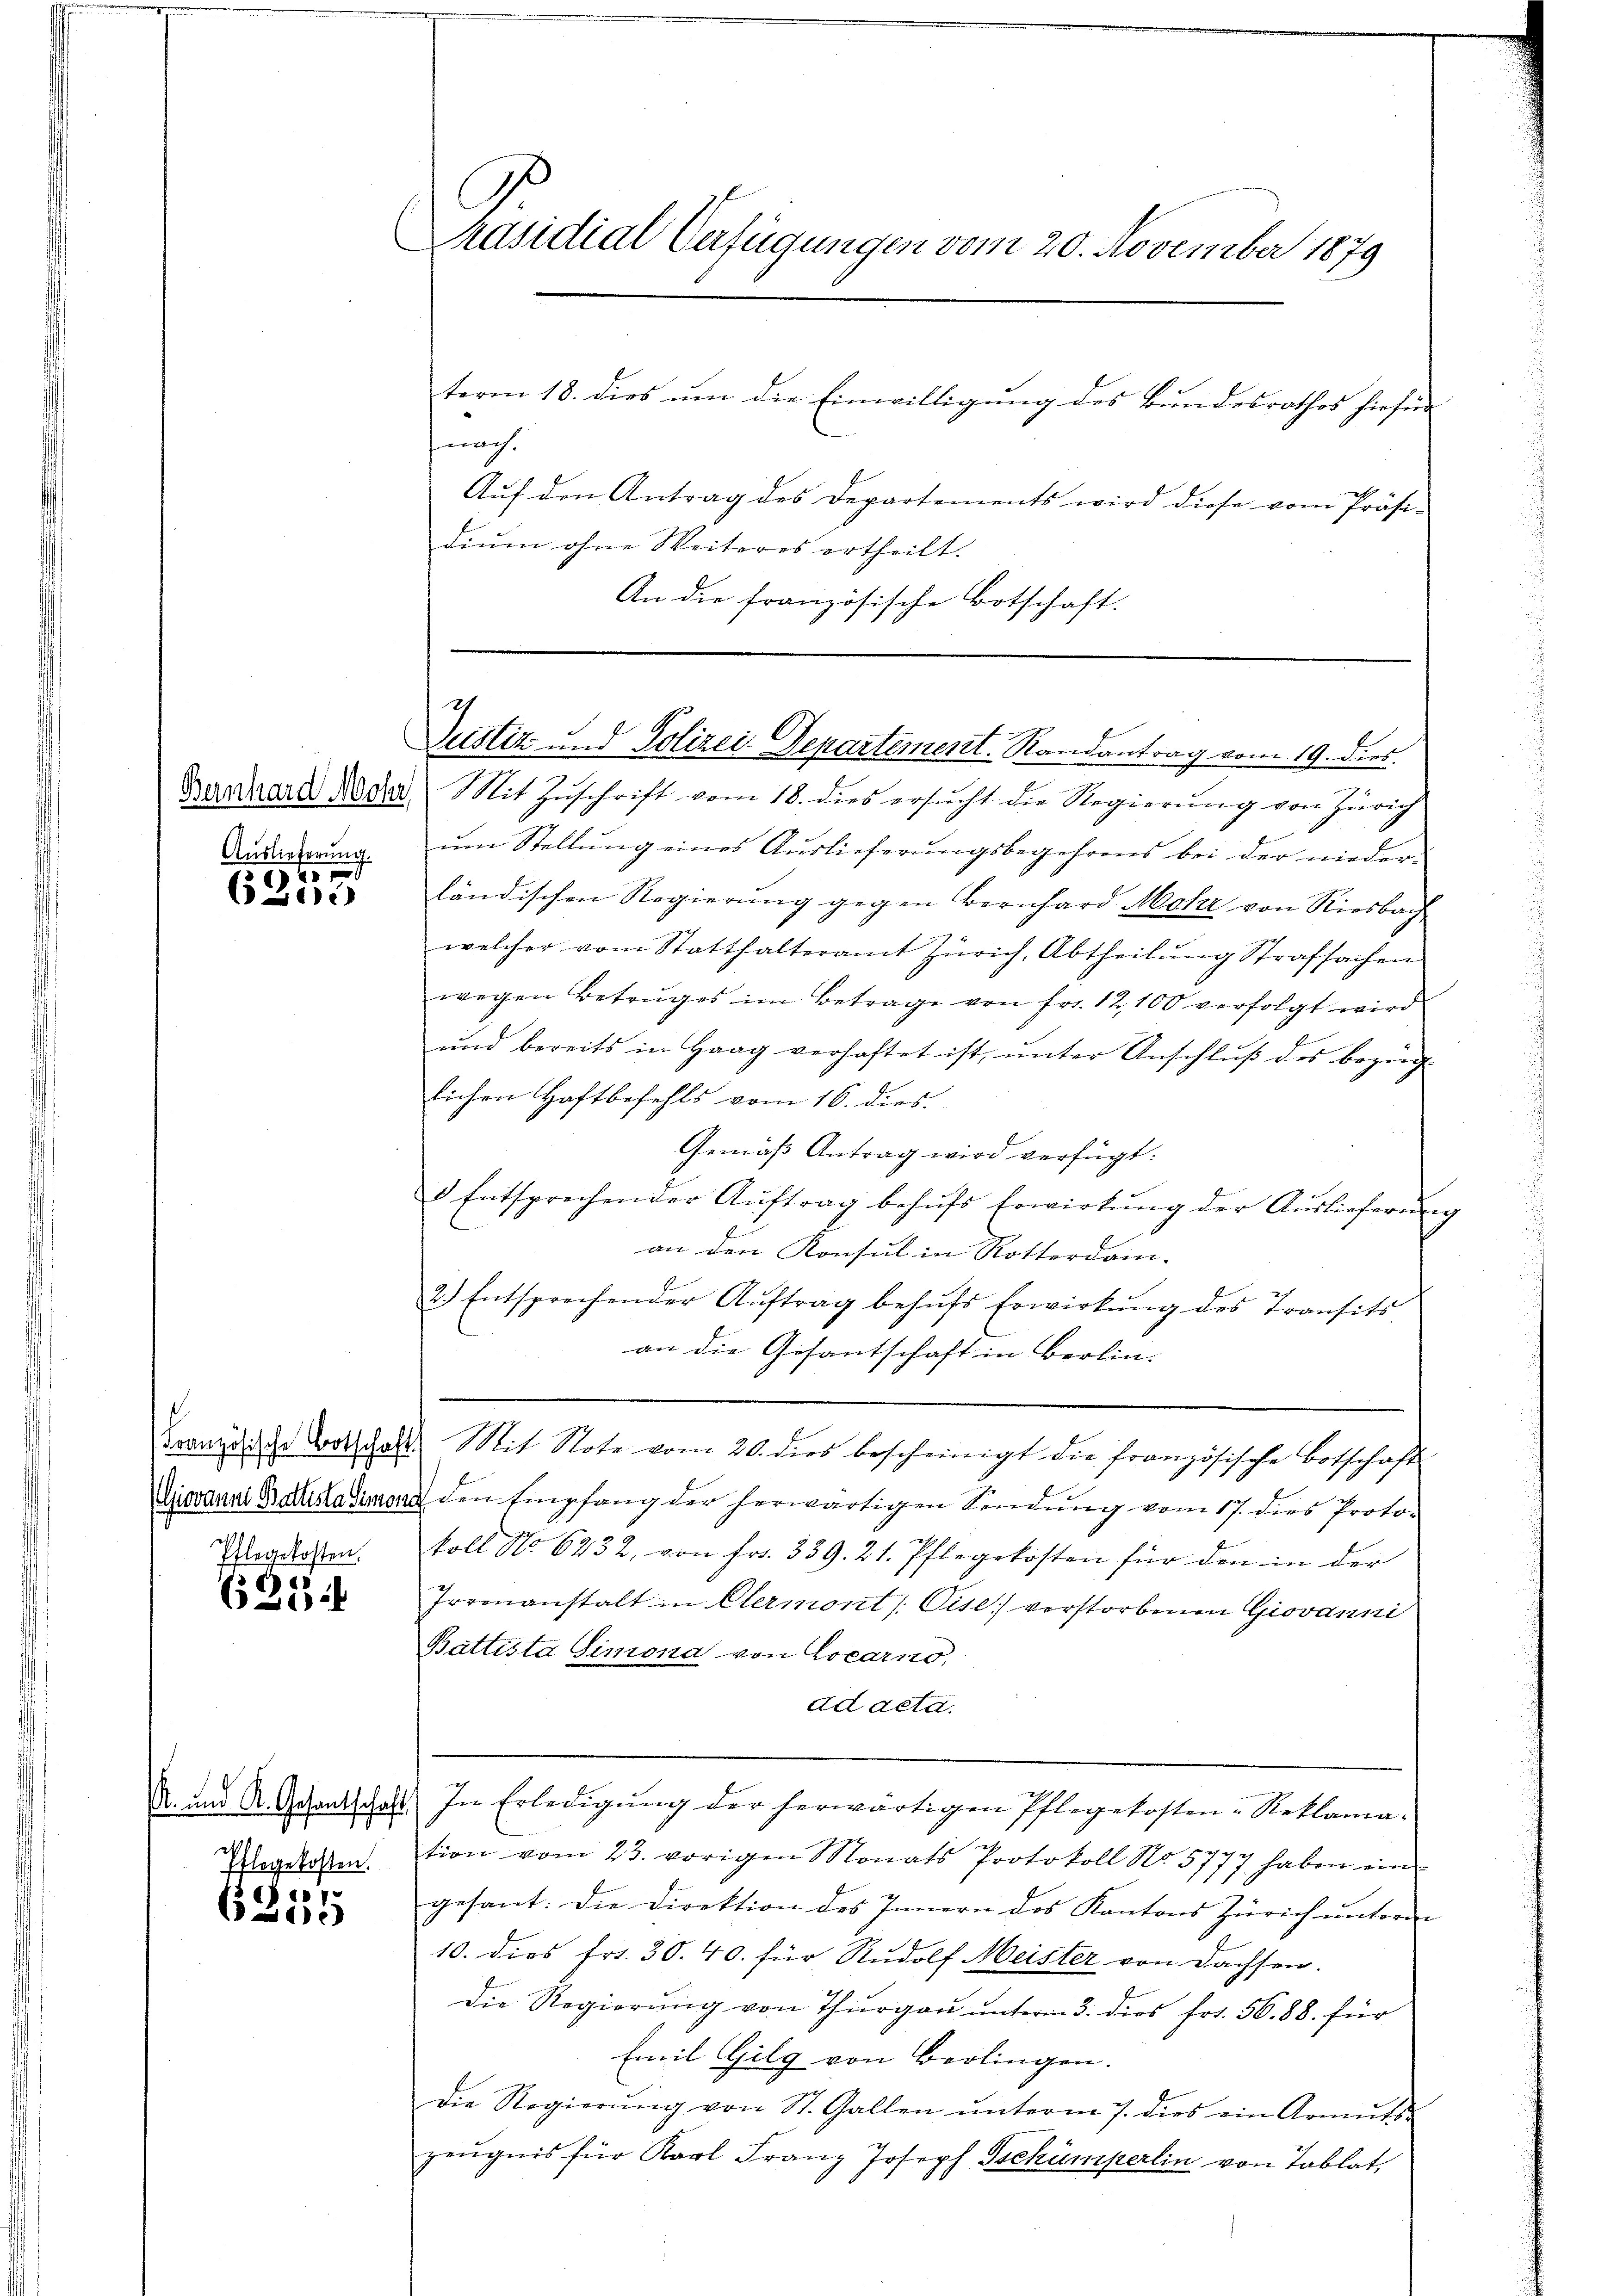
Bernhard Mohr,
Auslieferung.

1)

(Giovanni Battista Simona
Pflegekosten.

6
4

. und K. Gesantschaft
Pflegekosten.

.
)

Präsidial Verfügungen vom 20. November 1879
term 18. dies um die Einwilligung des Bundesrathes hiefür
nach.

Aŭf den Antrag des Departements wird diese vom Präsi-
diŭm ohne Weiteres ertheilt.
An die französische Botschaft.

Justiz und Polizei-Departement. Randantrag vom 19. dies

Mit Zŭschrift vom 18. dies ersŭcht die Regierŭng von Zürich
um Stellung eines Auslieferungsbegehrens bei der nieder-
ländischen Regierung gegen Bernhard Mohr von Riesbach
welcher vom Statthalteramt Zürich, Abtheilung Strafsachen
wegen Betruges im Betrage von Fr. 12, 100 verfolgt wird
ŭnd bereits in Haag verhaftet ist, ŭnter Anschlŭβ des bezüg-
lichen Haftbefehls vom 16. dies
Gemäß Antrag wird verfügt:
 Entsprechender Aŭftrag behŭfs Erwirkŭng der Aŭslieferŭng
an den Konsul in Rotterdam-
2.) Entsprechender Aŭftrag behŭfs Erwirkŭng des Transits
an die Gesantschaft in Berlin.
Grandische Botschalt. Mit Note vom 20. dies bescheinigt die französische Botschaft
den Empfang der herwärtigen Sendŭng vom 17. dies Proto-
koll No 6232, von fr. 339. 21. Pflegekosten für den in der
Irrenanstalt in Clermont / Cise) verstorbenen Giovanni
Battista Simond von Locarno,
ad acta.
In Erledigung der herwärtigen Pflegekosten-Reklamation vom 23. vorigen Monats Protokoll No 5777 haben ein
gesant: Die Direktion des Innern des Kantons Zürich untern
10. dies Frs. 30. 40. für Rudolf Meister von Dachsen.
die Regierŭng von Thŭrgaŭ ŭnterm 3. dies fr. 56. 88. für
Emil Gilg von Berlingen.
die Regierŭng von St. Gallen ŭnterm 7. dies ein Armuts-
zeŭgnis für Karl Franz Joseph Tschumperlin von Tablat